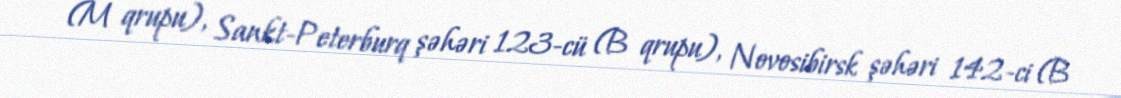
(M qrupu), Sankt-Peterburq şəhəri 123-cü (B qrupu), Novosibirsk şəhəri 142-ci (B